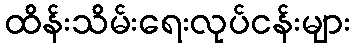
ထိန်းသိမ်းရေးလုပ်ငန်းများ